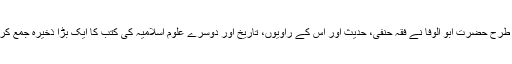
اس طرح حضرت ابو الوفا نے فقہ حنفی، حدیث اور اس کے راویوں، تاریخ اور دوسرے علوم اسلامیہ کی کتب کا ایک بڑا ذخیرہ جمع کر لیا۔